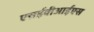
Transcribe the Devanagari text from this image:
एसईवीआईएस